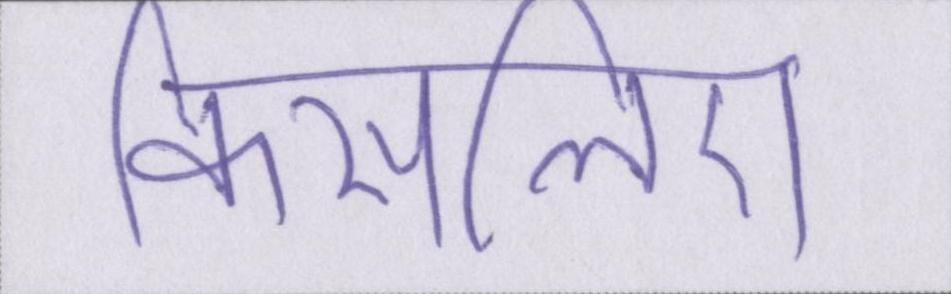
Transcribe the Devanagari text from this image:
किसलिए